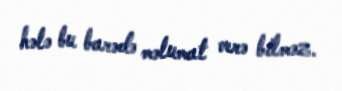
hələ bu barədə məlumat verə bilməz.